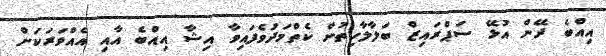
އިއްބެ ދޭން އުޅޭ ސަޕްރައިޒް ބަލާލާހިތުން ކެތްމަދުވެފައިވާ އިޝާ އިއްބެ އާއި އެއްވަރަކަށް